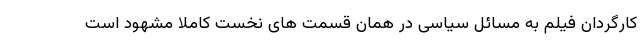
کارگردان فیلم به مسائل سیاسی در همان قسمت های نخست کاملا مشهود است